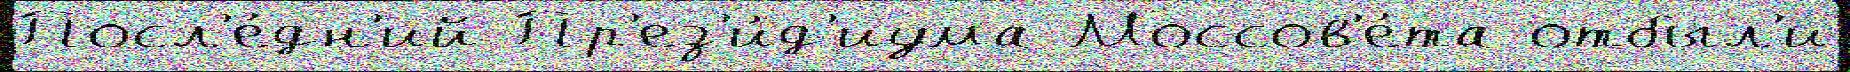
Посл'е́дн'ий Пр'ез'и́д'иума Моссов'е́та отбыл'и